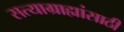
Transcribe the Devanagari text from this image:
सत्याग्राह्यांसाठी